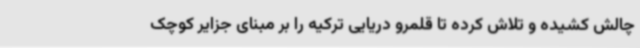
چالش کشیده و تلاش کرده تا قلمرو دریایی ترکیه را بر مبنای جزایر کوچک